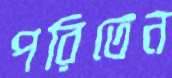
পরিতেন